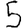
Digit: 5